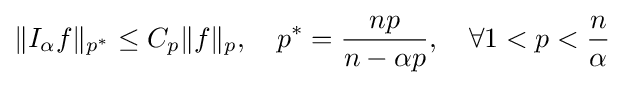
\|I_{\alpha }f\|_{p^{*}}\leq C_{p}\|f\|_{p},\quad p^{*}={\frac {np}{n-\alpha p}},\quad \forall 1<p<{\frac {n}{\alpha }}